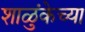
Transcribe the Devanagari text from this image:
शाळुंकेच्या